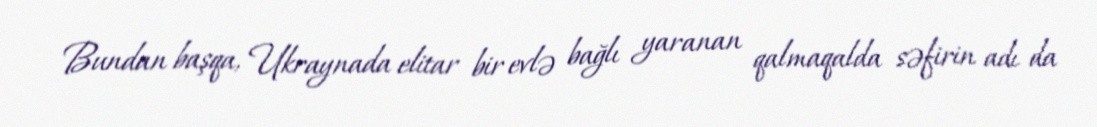
Bundan başqa, Ukraynada elitar bir evlə bağlı yaranan qalmaqalda səfirin adı da